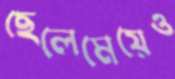
ছেলেমেয়েও